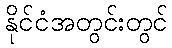
နိုင်ငံအတွင်းတွင်